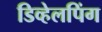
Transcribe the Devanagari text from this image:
डिव्हेलपिंग